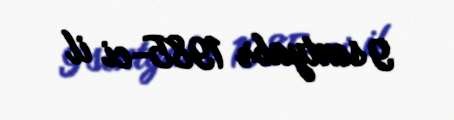
9 sentyabr 1985-ci il